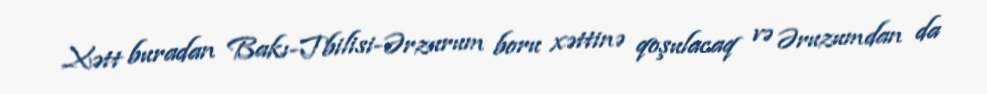
Xətt buradan Bakı-Tbilisi-Ərzurum boru xəttinə qoşulacaq və Əruzumdan da